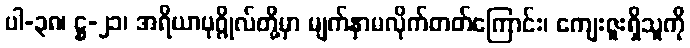
ပါ-၃၈၊ ဋ္ဌ-၂၁၊ အရိယာပုဂ္ဂိုလ်တို့မှာ မျက်နှာမလိုက်တတ်ကြောင်း၊ ကျေးဇူးရှိသူကို